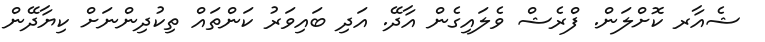
ޝެއާރ ކޮށްލަން. ފްރެޝް ވެލައިގެން އާދޭ. އަދި ބައިވަރު ކަންތައް ތިކުދިންނަށް ކިޔާދޭން